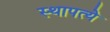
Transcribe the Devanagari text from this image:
स्थापत्ये